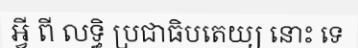
អ្វី ពី លទ្ធិ ប្រជាធិបតេយ្យ នោះ ទេ